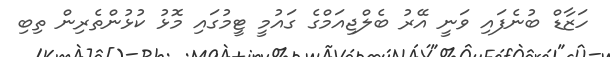
ހަޒާޑް ބުނެފައި ވަނީ އޭރު ބެލްޖިއަމްގެ ގައުމީ ޓީމުގައި މޮޅު ކުޅުންތެރިން ތިބި